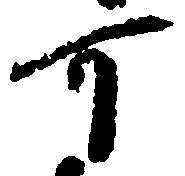
可